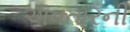
અવતારની